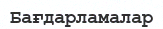
Бағдарламалар